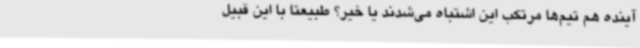
آینده هم تیم‌ها مرتکب این اشتباه می‌شدند یا خیر؟ طبیعتا با این قبیل